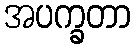
အပက္ခတာ